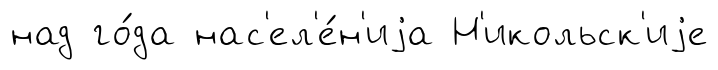
над го́да нас'ел'е́н'иjа Н'икольск'иjе